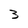
Character: 3